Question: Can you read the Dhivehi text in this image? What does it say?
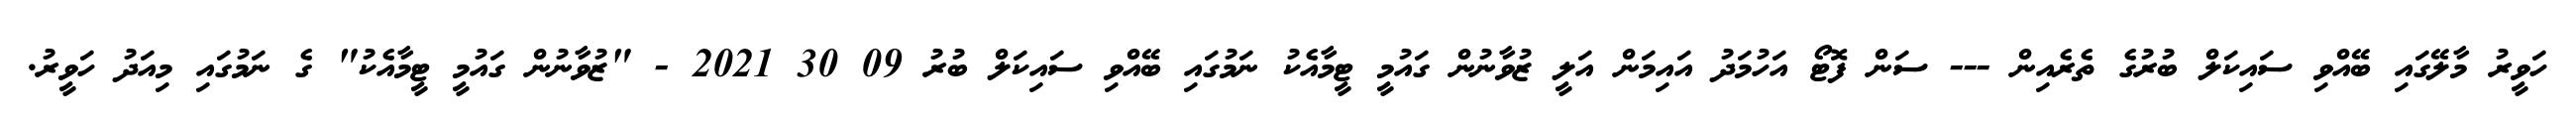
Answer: ހަވީރު މާލޭގައި ބޭއްވި ސައިކަލް ބުރުގެ ތެރެއިން --- ސަން ފޮޓޯ އަހުމަދު އައިމަން އަލީ ޒުވާނުން ގައުމީ ޓީމާއެކު ނަމުގައި ބޭއްވި ސައިކަލް ބުރު 09 30 2021 - "ޒުވާނުން ގައުމީ ޓީމާއެކު" ގެ ނަމުގައި މިއަދު ހަވީރު.